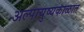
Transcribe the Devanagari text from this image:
अल्पायुष्यकाळात